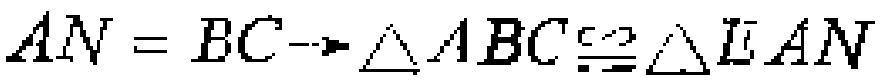
$AN = BC\rightarrow\triangle ABC\cong\triangle EAN$